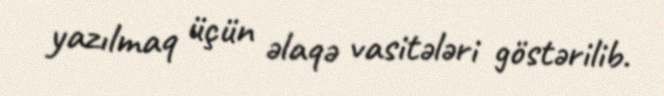
yazılmaq üçün əlaqə vasitələri göstərilib.